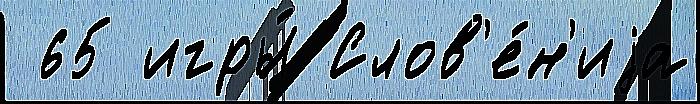
 65 игры́ Слов'е́н'иjа